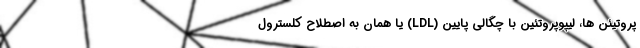
پروتیئن ها، لیپوپروتئین با چگالی پایین (LDL) یا همان به اصطلاح کلسترول